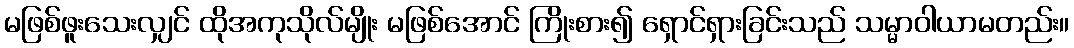
မဖြစ်ဖူးသေးလျှင် ထိုအကုသိုလ်မျိုး မဖြစ်အောင် ကြိုးစား၍ ရှောင်ရှားခြင်းသည် သမ္မာဝါယာမတည်း။